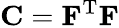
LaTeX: \mathbf{C}=\mathbf{F}^{\mathrm{T}}\mathbf{F}